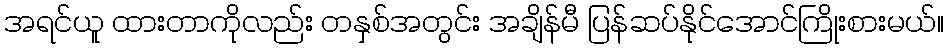
အရင်ယူ ထားတာကိုလည်း တနှစ်အတွင်း အချိန်မီ ပြန်ဆပ်နိုင်အောင်ကြိုးစားမယ်။